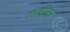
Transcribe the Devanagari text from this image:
सेठीना